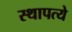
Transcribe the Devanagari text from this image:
स्थापत्ये